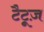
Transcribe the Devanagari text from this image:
टैटूज़